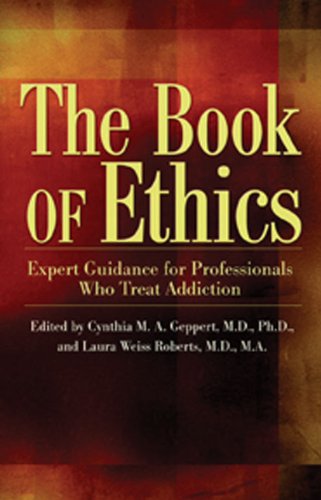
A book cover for The Book of Ethics: Expert Guidance For Professionals Who Treat Addiction; Laura Weiss Roberts M.D.; Education & Teaching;